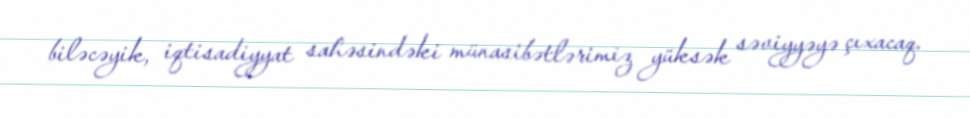
biləcəyik, iqtisadiyyat sahəsindəki münasibətlərimiz yüksək səviyyəyə çıxacaq.